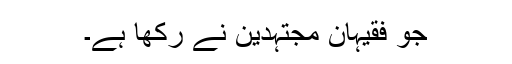
جو فقیہان مجتہدین نے رکھا ہے۔